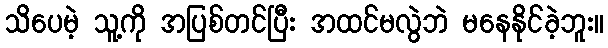
သိပေမဲ့ သူ့ကို အပြစ်တင်ပြီး အထင်မလွဲဘဲ မနေနိုင်ခဲ့ဘူး။